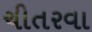
ચીતરવા